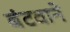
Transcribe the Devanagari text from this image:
बंटवाने